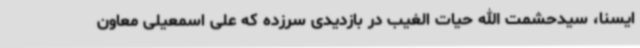
ایسنا، سیدحشمت الله حیات الغیب در بازدیدی سرزده که علی اسمعیلی معاون